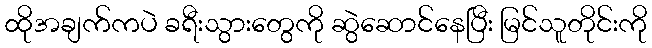
ထိုအချက်ကပဲ ခရီးသွားတွေကို ဆွဲဆောင်နေပြီး မြင်သူတိုင်းကို